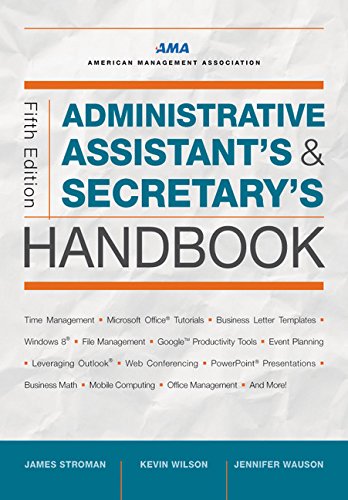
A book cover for Administrative Assistant's and Secretary's Handbook; James Stroman; Business & Money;